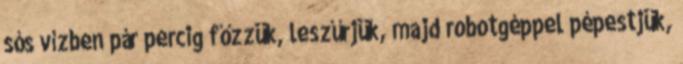
sós vízben pár percig főzzük, leszűrjük, majd robotgéppel pépestjük,